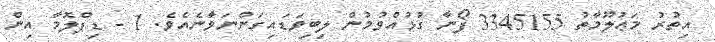
އިތުރު މަޢުލޫމާތު 3345155 ފޯނާ ގުޅުއްވުމުން ލިބިވަޑައިގަންނަވާނެއެވެ. 1 - ޑިޕްލޮމާ އިން